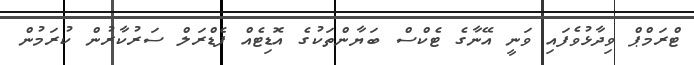
ޓްރަމްޕް ވިދާޅުވެފައި ވަނީ އޭނާގެ ޓެކްސް ބަޔާންތަކުގެ އޮޑިޓެއް ފެޑްރަލް ސަރުކާރުން ކުރަމުން